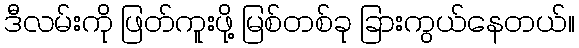
ဒီလမ်းကို ဖြတ်ကူးဖို့ မြစ်တစ်ခု ခြားကွယ်နေတယ်။